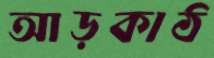
আড়কাঠ